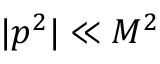
| p ^ { 2 } | \ll M ^ { 2 }